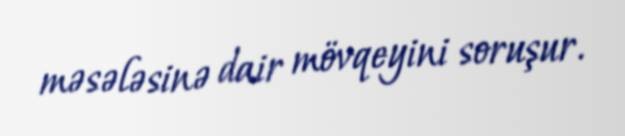
məsələsinə dair mövqeyini soruşur.